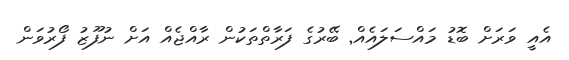
އެއީ ވަރަށް ބޮޑު މައްސަލައެއް